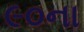
૯૦ના